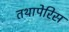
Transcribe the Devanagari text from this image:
तथापेरिस